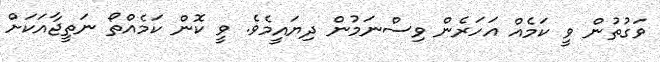
ވަގުތުން ވީ ކަމެއް އަހަރެން ވިސްނަމުން ދިޔައީމެވެ. ވީ ކޮން ކަމެއްތޯ ނަތީޖާއަކަށް